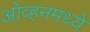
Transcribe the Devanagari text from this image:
ओव्हनमध्ये